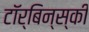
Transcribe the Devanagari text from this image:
टॉर्बिन्स्की